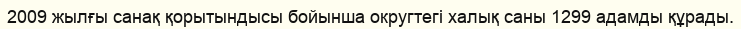
2009 жылғы санақ қорытындысы бойынша округтегі халық саны 1299 адамды құрады.